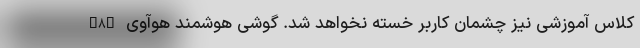
کلاس آموزشی نیز چشمان کاربر خسته نخواهد شد. گوشی هوشمند هوآوی Y8p